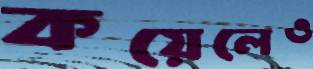
কয়েলেও